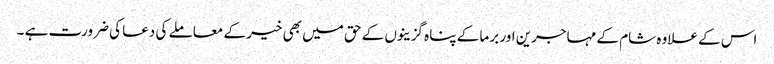
اس کے علاوہ شام کے مہاجرین اور برما کے پناہ گزینوں کے حق میں بھی خیر کے معاملے کی دعا کی ضرورت ہے ۔